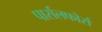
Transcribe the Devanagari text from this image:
पार्सलफोर्स